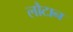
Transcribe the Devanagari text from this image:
लौटान